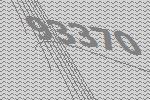
93370